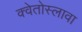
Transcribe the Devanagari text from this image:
क्वेतोस्लावा